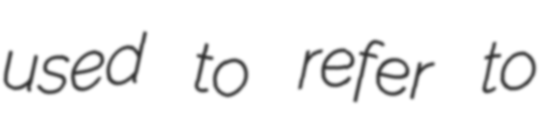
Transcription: used to refer to